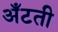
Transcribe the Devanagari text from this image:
अँटती